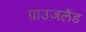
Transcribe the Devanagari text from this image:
ग्राउज़लैंड